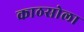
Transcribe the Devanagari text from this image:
काठसोला